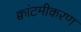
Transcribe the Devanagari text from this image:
क्वांटमीकरण